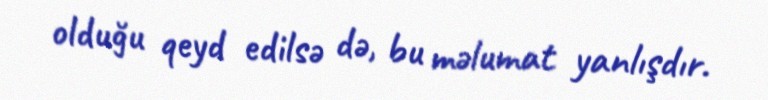
olduğu qeyd edilsə də, bu məlumat yanlışdır.